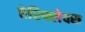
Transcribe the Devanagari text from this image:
ऐरिफ्लेक्स